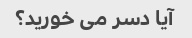
آیا دسر می خورید؟